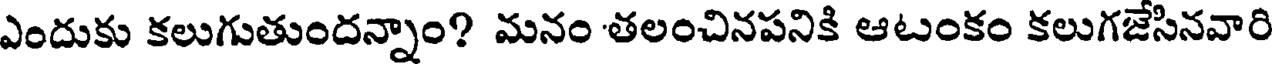
ఎందుకు కలుగుతుందన్నాం? మనం తలంచినపనికి ఆటంకం కలుగజేసినవారి